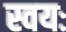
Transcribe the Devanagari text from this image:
स्वयः